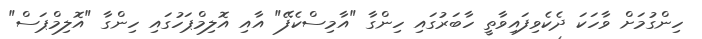
ހިންގުމަށް ވާހަކަ ދެކެވިފައިވާތީ ހާބަރުގައި ހިންގާ "އާމިސްކެފޭ" އާއި އޮލިމްޕަހުގައި ހިންގާ "އޮލިމްޕަސް"